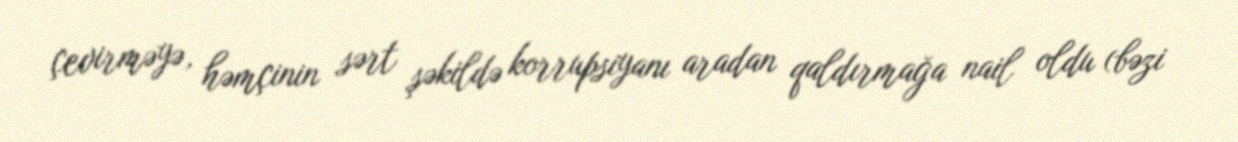
çevirməyə, həmçinin sərt şəkildə korrupsiyanı aradan qaldırmağa nail oldu (bəzi